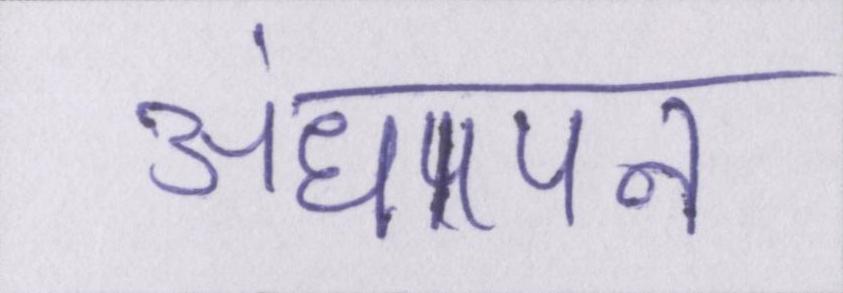
अंधापन